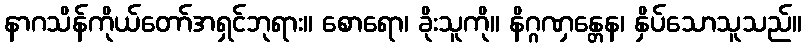
နာဂသိန်ကိုယ်တော်အရှင်ဘုရား။ စောရော၊ ခိုးသူကို။ နိဂ္ဂဏှန္တေန၊ နှိပ်သောသူသည်။